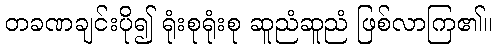
တခဏချင်းပို၍ ရုံးစုရုံးစု ဆူညံဆူညံ ဖြစ်လာကြ၏။